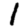
Digit: 1